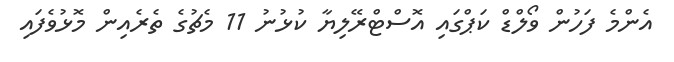
އެންމެ ފަހުން ވޯލްޑް ކަޕްގައި އޮސްޓްރޭލިޔާ ކުޅުނު 11 މެޗުގެ ތެރެއިން މޮޅުވެފައި